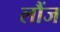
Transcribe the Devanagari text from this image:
लौंज